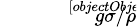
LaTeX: \scriptstyle{\sqrt[[objectObject]]{g\sigma/\rho}}